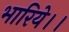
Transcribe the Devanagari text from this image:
भारिये।।